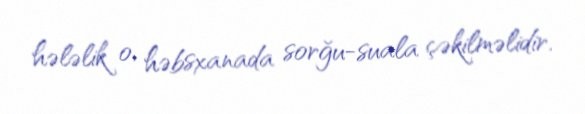
hələlik o, həbsxanada sorğu-suala çəkilməlidir.